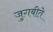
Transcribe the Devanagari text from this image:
जुगबीते